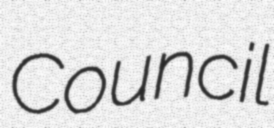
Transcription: Council